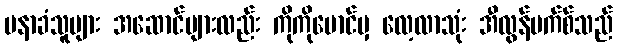
မနာခံသူများ အဆောင်များလည်း ကိုကိုမောင်မှ လေ့လာသုံး အီလွန်မက်စ်သည်